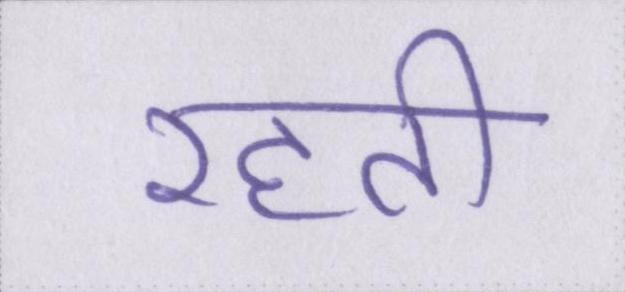
रहती